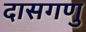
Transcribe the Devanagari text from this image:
दासगणु